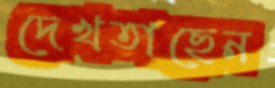
দেখতাছেন